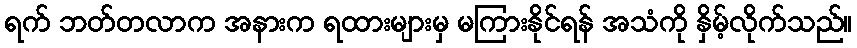
ရက် ဘတ်တလာက အနားက ရထားများမှ မကြားနိုင်ရန် အသံကို နှိမ့်လိုက်သည်။